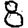
Digit: 8